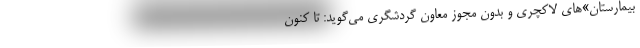
بیمارستان»‌های لاکچری و بدونِ مجوز معاون گردشگری می‌گوید: تا کنون